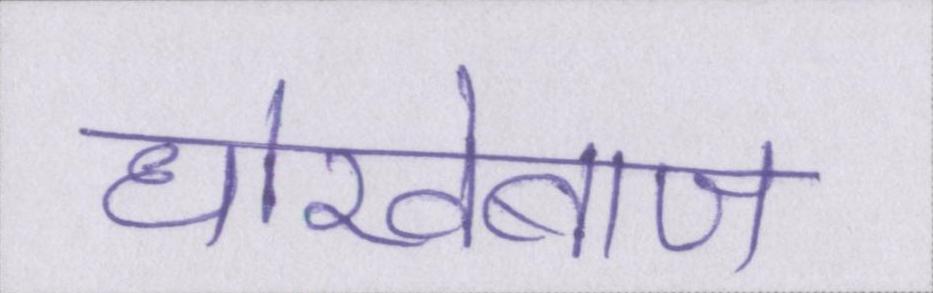
धोखेबाज